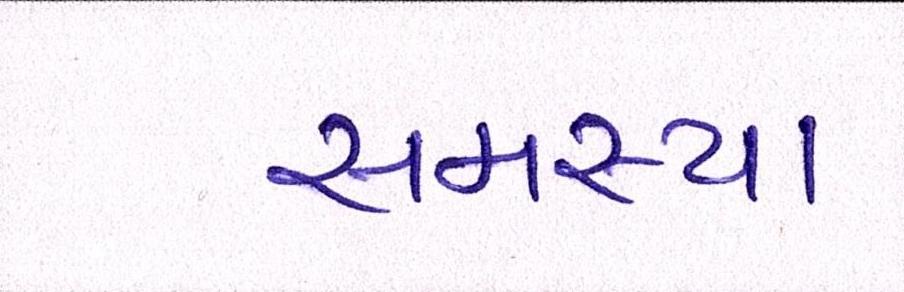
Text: સમસ્યા